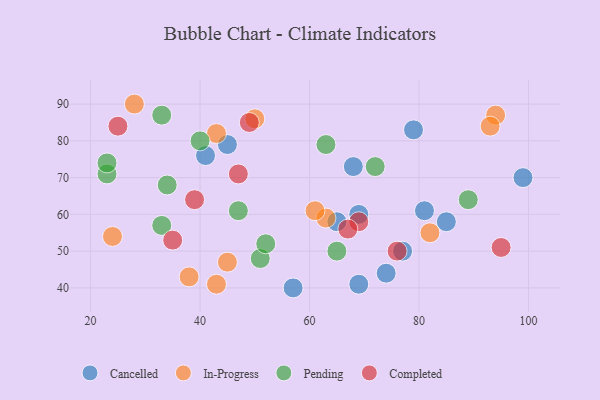
{"axis": {"x": "GDP", "y": "Life Expectancy"}, "legend": ["Cancelled", "Completed", "In-Progress", "Pending"], "data": [{"x": "57", "y": 40, "type": "Cancelled"}, {"x": "45", "y": 79, "type": "Cancelled"}, {"x": "77", "y": 50, "type": "Cancelled"}, {"x": "41", "y": 76, "type": "Cancelled"}, {"x": "68", "y": 73, "type": "Cancelled"}, {"x": "81", "y": 61, "type": "Cancelled"}, {"x": "69", "y": 60, "type": "Cancelled"}, {"x": "99", "y": 70, "type": "Cancelled"}, {"x": "74", "y": 44, "type": "Cancelled"}, {"x": "65", "y": 58, "type": "Cancelled"}, {"x": "69", "y": 41, "type": "Cancelled"}, {"x": "85", "y": 58, "type": "Cancelled"}, {"x": "79", "y": 83, "type": "Cancelled"}, {"x": "43", "y": 41, "type": "In-Progress"}, {"x": "45", "y": 47, "type": "In-Progress"}, {"x": "24", "y": 54, "type": "In-Progress"}, {"x": "43", "y": 82, "type": "In-Progress"}, {"x": "63", "y": 59, "type": "In-Progress"}, {"x": "82", "y": 55, "type": "In-Progress"}, {"x": "61", "y": 61, "type": "In-Progress"}, {"x": "50", "y": 86, "type": "In-Progress"}, {"x": "94", "y": 87, "type": "In-Progress"}, {"x": "38", "y": 43, "type": "In-Progress"}, {"x": "28", "y": 90, "type": "In-Progress"}, {"x": "93", "y": 84, "type": "In-Progress"}, {"x": "72", "y": 73, "type": "Pending"}, {"x": "23", "y": 71, "type": "Pending"}, {"x": "51", "y": 48, "type": "Pending"}, {"x": "33", "y": 87, "type": "Pending"}, {"x": "33", "y": 57, "type": "Pending"}, {"x": "40", "y": 80, "type": "Pending"}, {"x": "89", "y": 64, "type": "Pending"}, {"x": "23", "y": 74, "type": "Pending"}, {"x": "63", "y": 79, "type": "Pending"}, {"x": "65", "y": 50, "type": "Pending"}, {"x": "52", "y": 52, "type": "Pending"}, {"x": "34", "y": 68, "type": "Pending"}, {"x": "47", "y": 61, "type": "Pending"}, {"x": "39", "y": 64, "type": "Completed"}, {"x": "49", "y": 85, "type": "Completed"}, {"x": "76", "y": 50, "type": "Completed"}, {"x": "69", "y": 58, "type": "Completed"}, {"x": "47", "y": 71, "type": "Completed"}, {"x": "67", "y": 56, "type": "Completed"}, {"x": "25", "y": 84, "type": "Completed"}, {"x": "95", "y": 51, "type": "Completed"}, {"x": "35", "y": 53, "type": "Completed"}]}